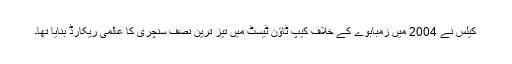
کیلس نے 2004 میں زمبابوے کے خلاف کیپ ٹاؤن ٹیسٹ میں تیز ترین نصف سنچری کا عالمی ریکارڈ بنایا تھا۔